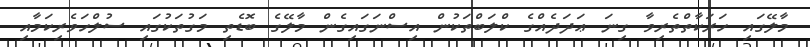
މާލޭގައި ހަރަކާތްތެރިވާ ގިނަ ޢަދަދެއްގެ ކްލަބްތަކުން އިސްނަގައިގެން މާލޭގެ ބޮޑެތި މަގުތަކުގައި ސުލްހަވެރިކަމާއި